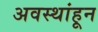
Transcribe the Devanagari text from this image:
अवस्थांहून